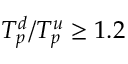
T _ { p } ^ { d } / T _ { p } ^ { u } \geq 1 . 2